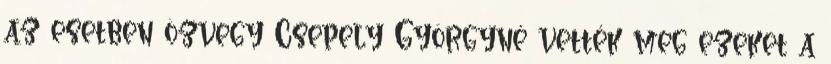
az esetben özvegy Csepely Györgyné vették meg ezeket a